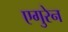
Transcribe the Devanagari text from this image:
एगुरेन